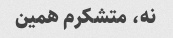
نه، متشکرم همین